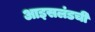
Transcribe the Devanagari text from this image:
आइसलंडची